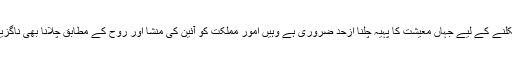
پاکستان اس وقت عالمی طاقت وروں کے دبائو کی وجہ سے جن خطرات سے دوچار ہے اس سے نکلنے کے لیے جہاں معیشت کا پہیہ چلنا ازحد ضروری ہے وہیں امورِ مملکت کو آئین کی منشا اور روح کے مطابق چلانا بھی ناگزیر ہوگیا ہے جو ملک کے چاروں صوبوںکو باہم جوڑے رکھنے والی واحد قوت ’’آئین پاکستان‘‘ ہے۔